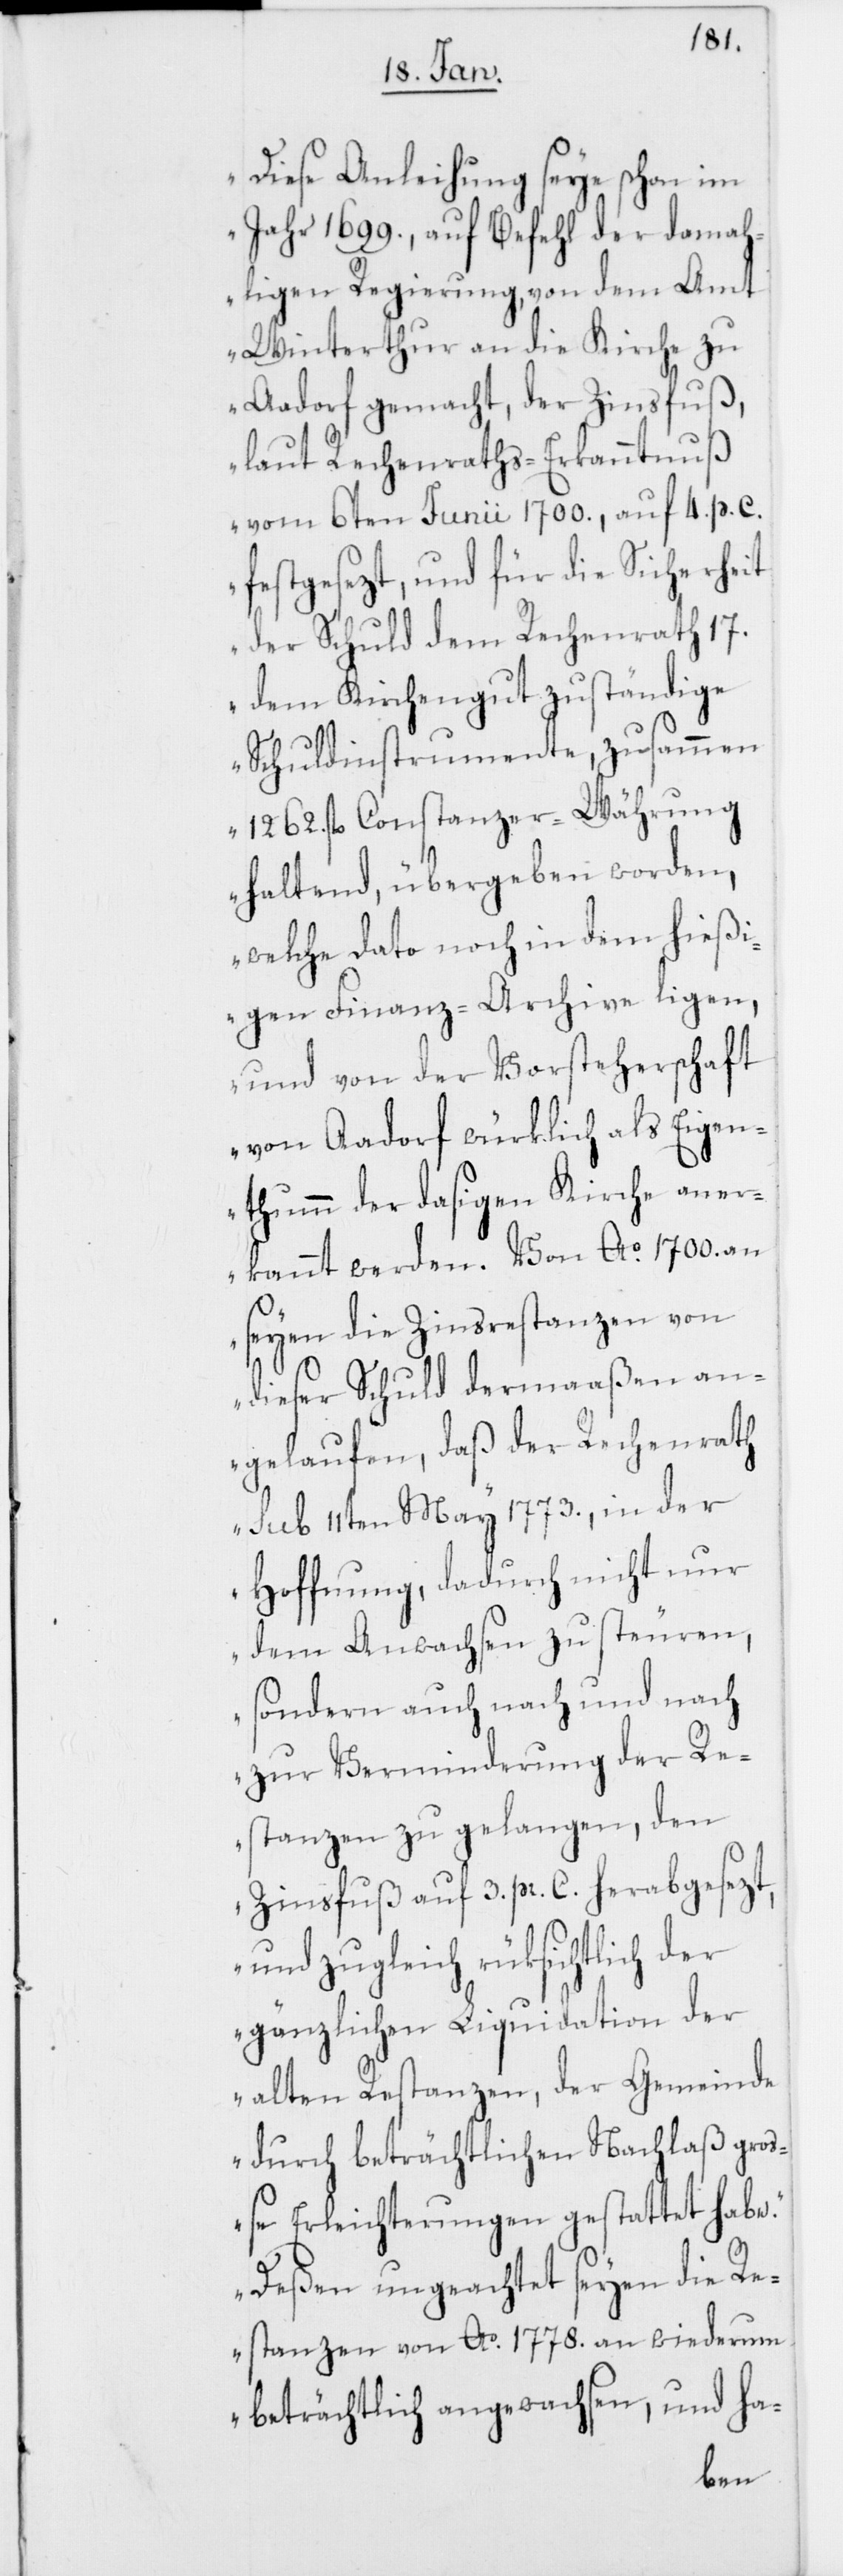
Diese Anleihung seye schon im
Jahr 1699., auf Befehl der damah¬
ligen Regierung, von dem Amt
Winterthur an die Kirche zu
Aadorf gemacht, der Zinsfuß,
laut Rechenraths-Erkanntnuß
vom 6ten Junii 1700., auf 4. p. C.
festgesezt, und für die Sicherheit
der Schuld dem Rechenrath 17.
dem Kirchengut zuständige
Schuldinstrumente, zusammen
1262. fl. Constanzer-Währung
haltend, übergeben worden,
welche dato noch in dem hießi¬
gen Finanz-Archive ligen,
und von der Vorsteherschaft
von Aadorf würklich als Eigen¬
thumm der dasigen Kirche aner¬
kannt werden. Von Ao. 1700. an
seyen die Zinsrestanzen von
dieser Schuld dermaaßen an¬
gelaufen, daß der Rechenrath
sub 11ten May 1773., in der
Hoffnung, dadurch nicht nur
dem Anwachsen zu steuren,
sondern auch nach und nach
zur Verminderung der Re¬
stanzen zu gelangen, den
Zinsfuß auf 3. p. C. herabgesezt,
und zugleich rüksichtlich der
gänzlichen Liquidation der
alten Restanzen, der Gemeinde
durch beträchtlichen Nachlaß gr¬
oße Erleichterungen gestattet habe.
Deßen ungeachtet seyen die Re¬
stanzen von Ao. 1778. an wiederum
beträchtlich angewachsen, und ha-